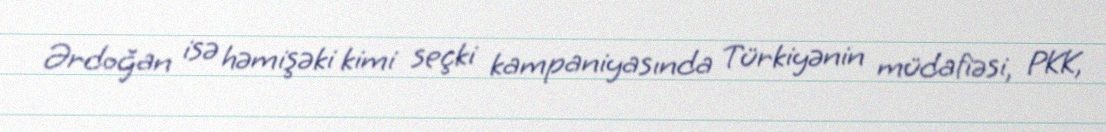
Ərdoğan isə həmişəki kimi seçki kampaniyasında Türkiyənin müdafiəsi, PKK,